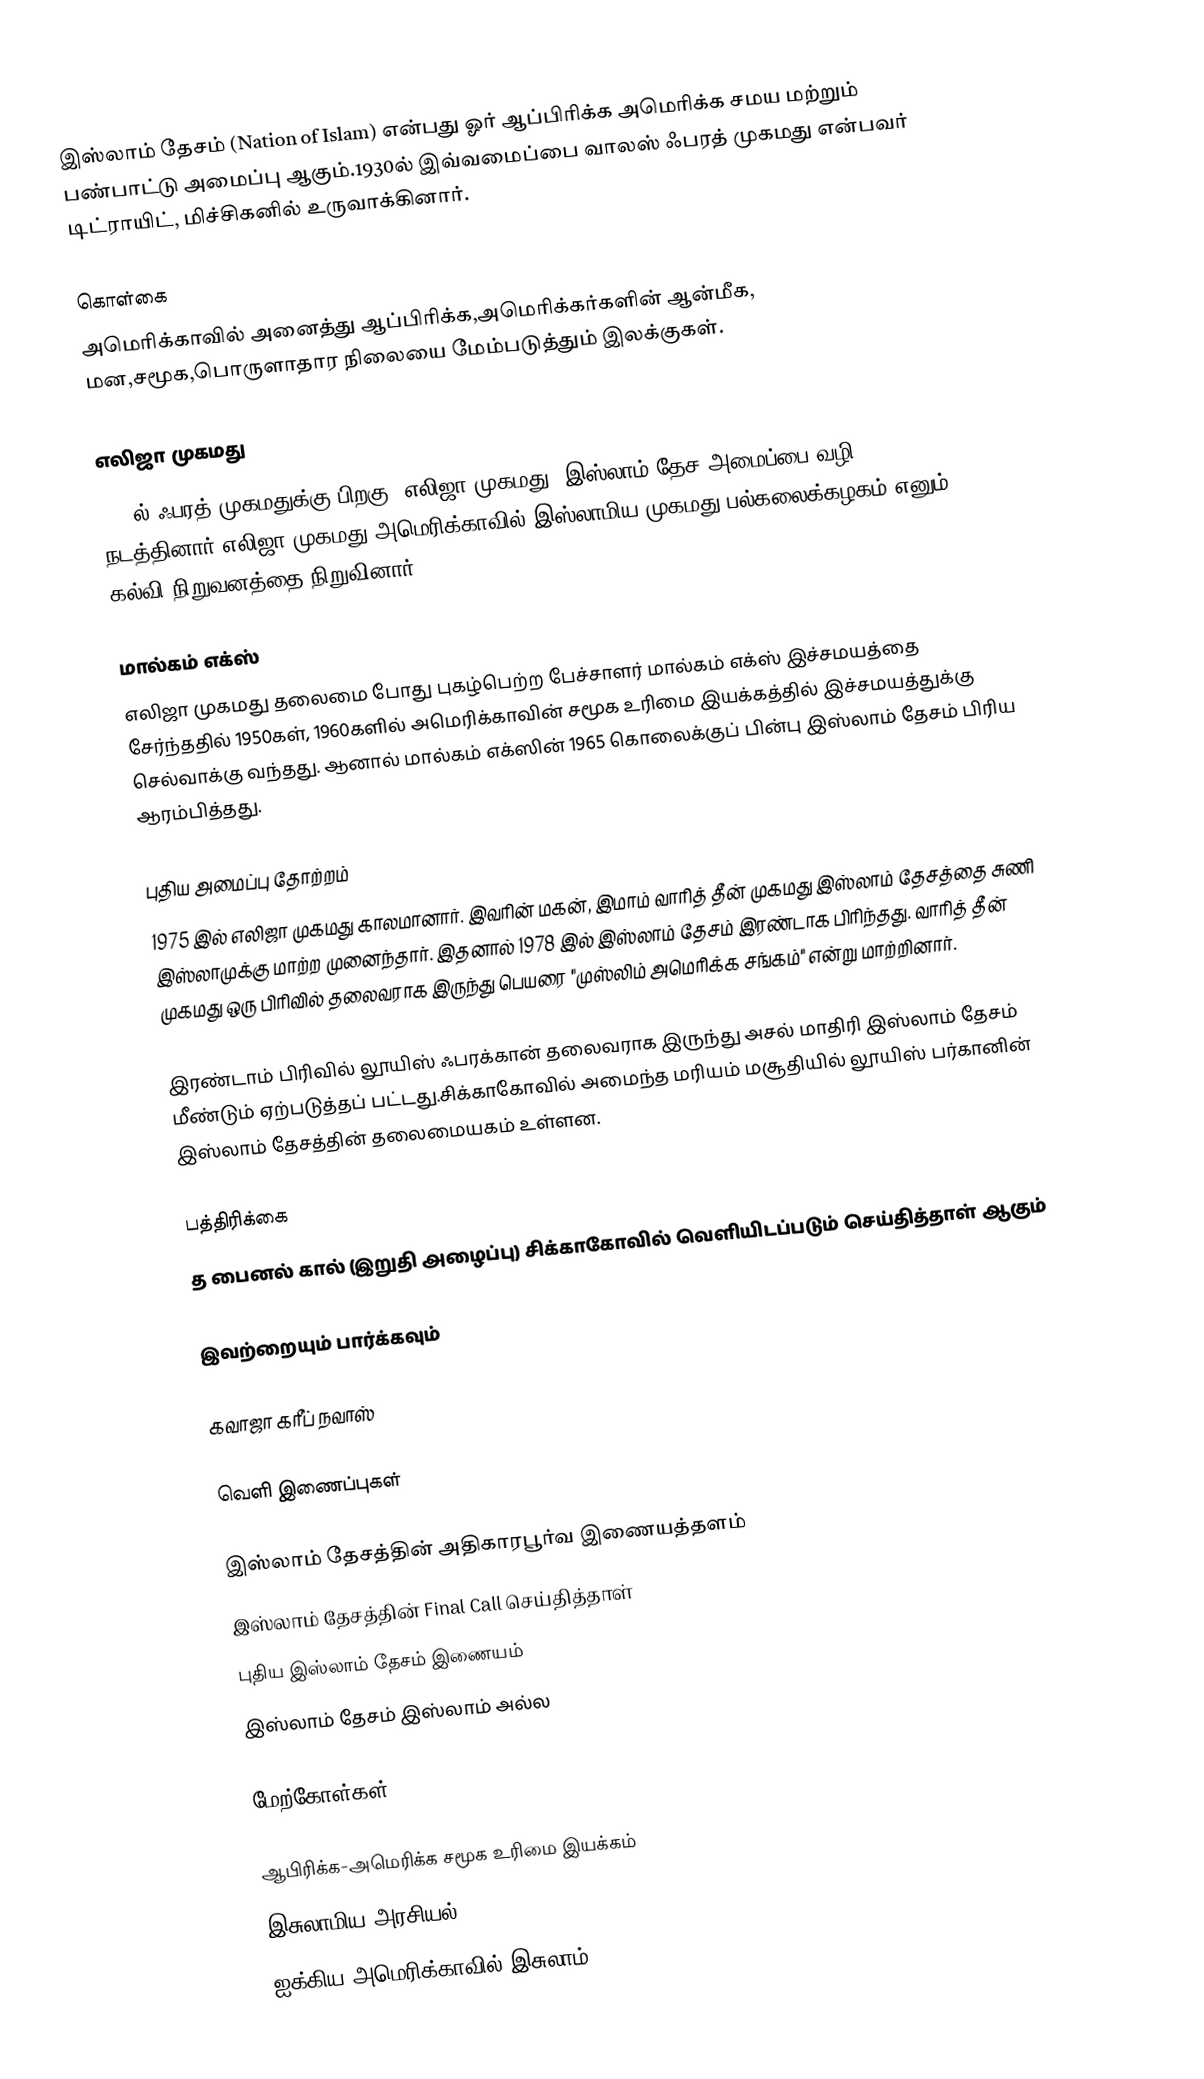
இஸ்லாம் தேசம் (Nation of Islam) என்பது ஓர் ஆப்பிரிக்க அமெரிக்க சமய மற்றும் பண்பாட்டு அமைப்பு ஆகும்.1930ல் இவ்வமைப்பை வாலஸ் ஃபரத் முகமது என்பவர் டிட்ராயிட், மிச்சிகனில் உருவாக்கினார்.

கொள்கை
அமெரிக்காவில் அனைத்து  ஆப்பிரிக்க,அமெரிக்கர்களின் ஆன்மீக, மன,சமூக,பொருளாதார நிலையை மேம்படுத்தும் இலக்குகள்.

எலிஜா முகமது
1934ல்  ஃபரத் முகமதுக்கு பிறகு, எலிஜா முகமது,  இஸ்லாம் தேச அமைப்பை வழி நடத்தினார்.எலிஜா முகமது அமெரிக்காவில் இஸ்லாமிய முகமது பல்கலைக்கழகம் எனும் கல்வி நிறுவனத்தை நிறுவினார்.

மால்கம் எக்ஸ்
எலிஜா முகமது தலைமை போது புகழ்பெற்ற பேச்சாளர் மால்கம் எக்ஸ் இச்சமயத்தை சேர்ந்ததில் 1950கள், 1960களில் அமெரிக்காவின் சமூக உரிமை இயக்கத்தில் இச்சமயத்துக்கு செல்வாக்கு வந்தது. ஆனால் மால்கம் எக்ஸின் 1965 கொலைக்குப் பின்பு இஸ்லாம் தேசம் பிரிய ஆரம்பித்தது.

புதிய அமைப்பு தோற்றம்
1975 இல் எலிஜா முகமது காலமானார். இவரின் மகன், இமாம் வாரித் தீன் முகமது இஸ்லாம் தேசத்தை சுணி இஸ்லாமுக்கு மாற்ற முனைந்தார். இதனால் 1978 இல் இஸ்லாம் தேசம் இரண்டாக பிரிந்தது. வாரித் தீன் முகமது ஒரு பிரிவில் தலைவராக இருந்து பெயரை "முஸ்லிம் அமெரிக்க சங்கம்" என்று மாற்றினார்.

இரண்டாம் பிரிவில்  லூயிஸ் ஃபரக்கான் தலைவராக இருந்து அசல் மாதிரி இஸ்லாம் தேசம் மீண்டும் ஏற்படுத்தப் பட்டது.சிக்காகோவில் அமைந்த மரியம் மசூதியில் லூயிஸ் பர்கானின் இஸ்லாம் தேசத்தின் தலைமையகம் உள்ளன.

பத்திரிக்கை
த பைனல் கால் (இறுதி அழைப்பு) சிக்காகோவில் வெளியிடப்படும் செய்தித்தாள் ஆகும்

இவற்றையும் பார்க்கவும்

 கவாஜா கரீப் நவாஸ்

வெளி இணைப்புகள்

 இஸ்லாம் தேசத்தின் அதிகாரபூர்வ இணையத்தளம்
 இஸ்லாம் தேசத்தின் Final Call செய்தித்தாள்
 புதிய இஸ்லாம் தேசம் இணையம்
 இஸ்லாம் தேசம் இஸ்லாம் அல்ல

மேற்கோள்கள்

ஆபிரிக்க-அமெரிக்க சமூக உரிமை இயக்கம்
இசுலாமிய அரசியல்
ஐக்கிய அமெரிக்காவில் இசுலாம்